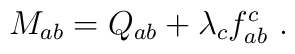
M_{ab}=Q_{ab}+\lambda_{c}f_{ab}^{c}\,\,.